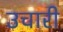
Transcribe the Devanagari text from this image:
उचारी